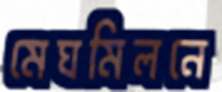
মেঘমিলনে